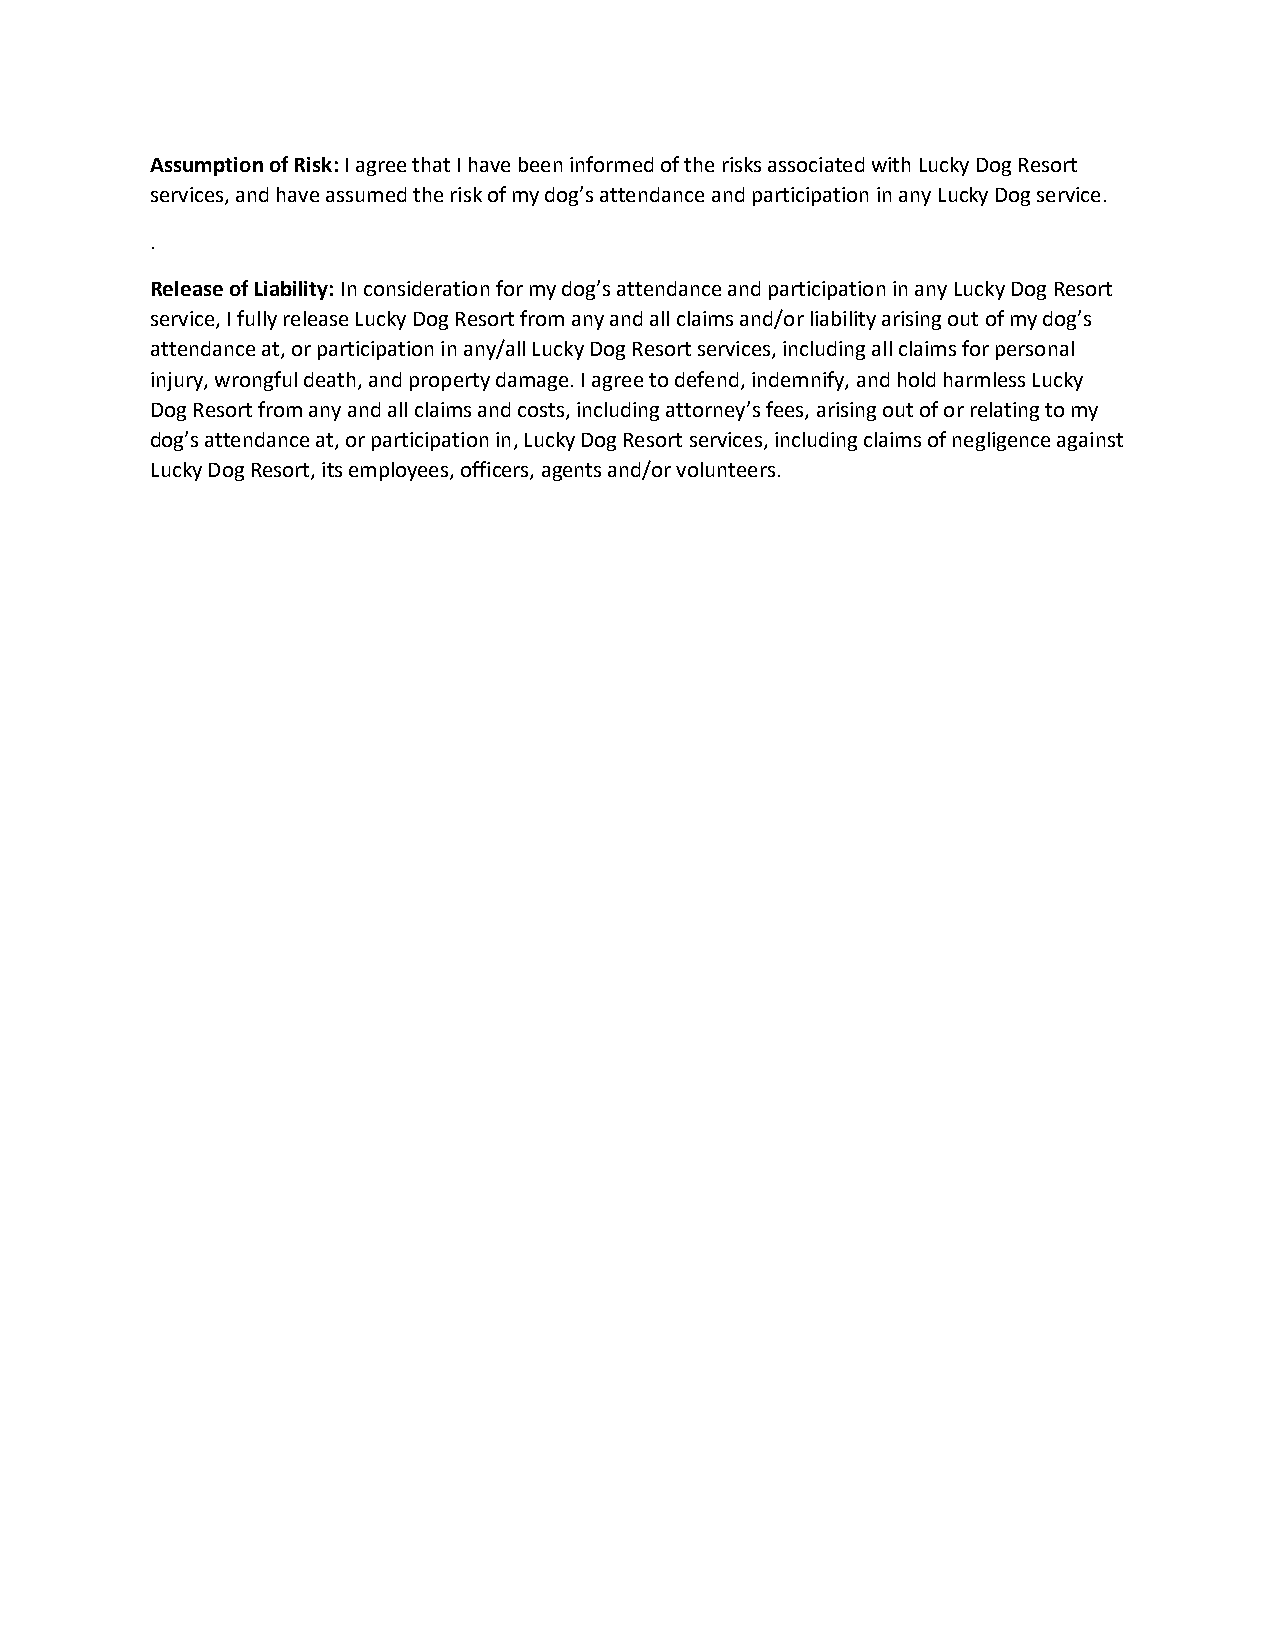
Assumption of Risk: I agree that I have been informed of the risks associated with Lucky Dog Resort
 services, and have assumed the risk of my dog’s attendance and participation in any Lucky Dog service.
 .
 Release of Liability: In consideration for my dog’s attendance and participation in any Lucky Dog Resort
 service, I fully release Lucky Dog Resort from any and all claims and/or liability arising out of my dog’s
 attendance at, or participation in any/all Lucky Dog Resort services, including all claims for personal
 injury, wrongful death, and property damage. I agree to defend, indemnify, and hold harmless Lucky
 Dog Resort from any and all claims and costs, including attorney’s fees, arising out of or relating to my
 dog’s attendance at, or participation in, Lucky Dog Resort services, including claims of negligence against
 Lucky Dog Resort, its employees, officers, agents and/or volunteers.